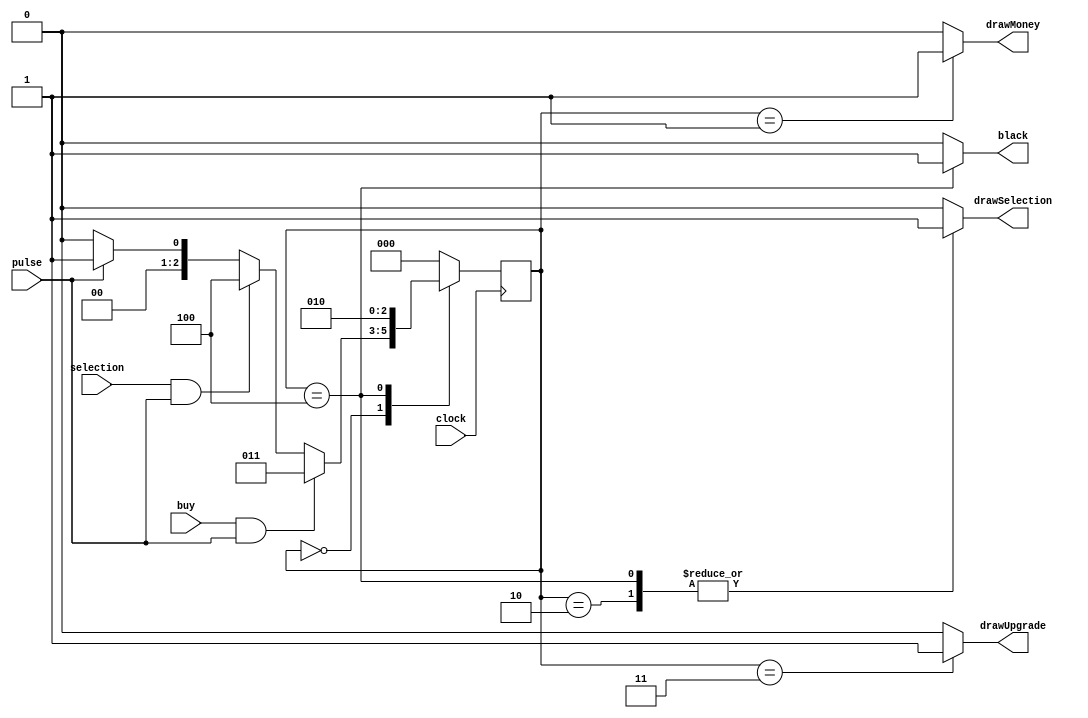
`timescale 1ns / 1ns

module graphicsController(clock, pulse, selection, buy, drawSelection, drawUpgrade, drawMoney, black);

	input clock, pulse, selection, buy;
	
	output reg drawSelection, drawUpgrade, drawMoney, black;
	
	reg [2:0]currentState, nextState, prevState;
	
	localparam IDLE = 0, MONEY = 1, SELECTION = 2, UPGRADE = 3, BLACK = 4;
	
	always@(*)begin
	
		case(currentState)
		
			IDLE:
				begin
					if(buy && pulse)
						nextState = UPGRADE;
					else if(selection && pulse)
						nextState = BLACK;
					else if(pulse)
						nextState = MONEY;
					else 
						nextState = IDLE;
				end
			MONEY:	nextState = IDLE;
	
			SELECTION:	nextState = IDLE;
			
			UPGRADE:	nextState = IDLE;
			BLACK:	nextState = SELECTION;
			default: nextState = IDLE;
		
		endcase
	
	end
	
	always@(*)begin
	
		drawMoney = 0;
		drawSelection = 0;
		drawUpgrade = 0;
		black = 0;
		
		case(currentState)
		
			IDLE:	
				begin
					drawMoney = 0;
					drawSelection = 0;
					drawUpgrade = 0;
				end
			MONEY:
				begin
					drawMoney = 1;
					drawSelection = 0;
					drawUpgrade = 0;
				end
			SELECTION:
				begin
					drawMoney = 0;
					drawSelection = 1;
					drawUpgrade = 0;
				end
			UPGRADE:
				begin
					drawMoney = 0;
					drawSelection = 0;
					drawUpgrade = 1;
				end
			BLACK: 	begin
						black = 1;
						drawSelection = 1;
						end
			default:
				begin
					drawMoney = 0;
					drawSelection = 0;
					drawUpgrade = 0;
					black = 0;
				end
		
		endcase
	
	end
	
	always@(posedge clock)begin
	
		currentState <= nextState;
		
	end
	

endmodule